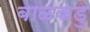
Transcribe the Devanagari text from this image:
बाळकडु